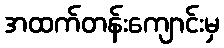
အထက်တန်းကျောင်းမှ